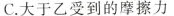
C.大于乙受到的摩擦力